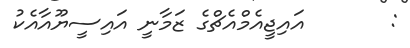
:       އައިޖީއެމްއެޗްގެ ޒަމާނީ އައިސީޔޫއާއެކު